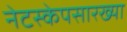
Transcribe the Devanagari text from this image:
नेटस्केपसारख्या